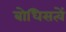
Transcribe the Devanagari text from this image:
बोधिसत्वें